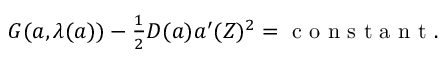
\begin{array} { r } { G ( { a } , \lambda ( { a } ) ) - \frac { 1 } { 2 } D ( { a } ) { a } ^ { \prime } ( Z ) ^ { 2 } = \mathrm { ~ c ~ o ~ n ~ s ~ t ~ a ~ n ~ t ~ } . } \end{array}